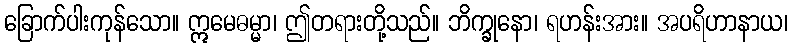
ခြောက်ပါးကုန်သော။ ဣမေဓမ္မာ၊ ဤတရားတို့သည်။ ဘိက္ခုနော၊ ရဟန်းအား။ အပရိဟာနာယ၊